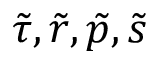
\tilde { \tau } , \tilde { r } , \tilde { p } , \tilde { s }